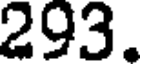
293.